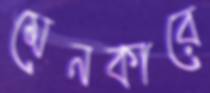
মেনকারে